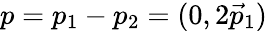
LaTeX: p=p_{1}-p_{2}=(0,2\vec{p}_{1})